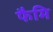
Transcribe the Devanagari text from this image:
फैमि